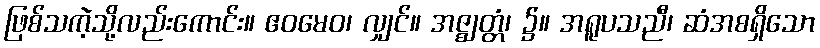
ဖြစ်သကဲ့သို့လည်းကောင်း။ ဧဝမေဝ၊ လျှင်။ အဇ္ဈတ္တံ၊ ၌။ အရူပသညီ၊ ဆံအစရှိသော